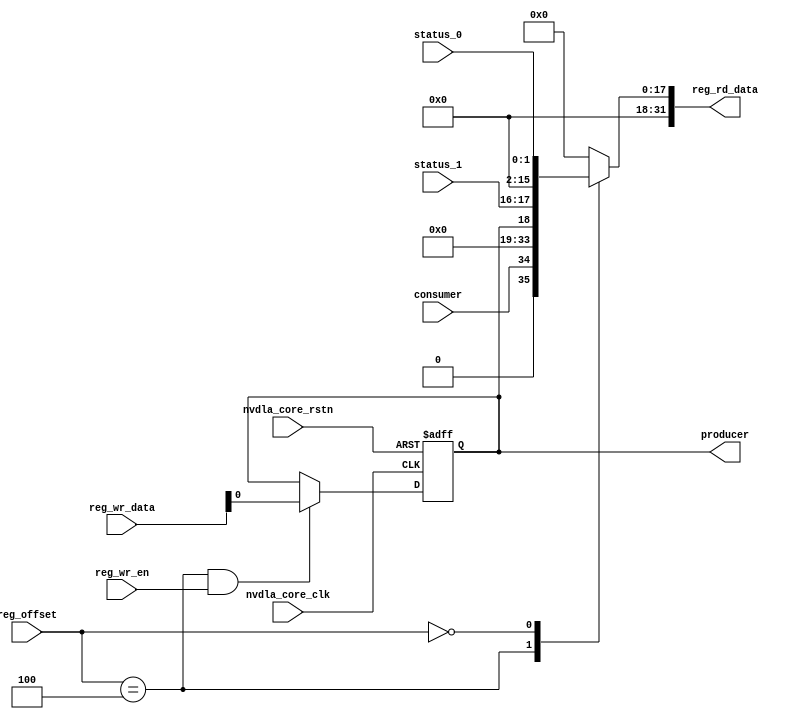
// ================================================================
// NVDLA Open Source Project
// 
// Copyright(c) 2016 - 2017 NVIDIA Corporation.  Licensed under the
// NVDLA Open Hardware License; Check "LICENSE" which comes with 
// this distribution for more information.
// ================================================================


module NV_NVDLA_CMAC_REG_single (
   reg_rd_data
  ,reg_offset
   // verilint 498 off
   // leda UNUSED_DEC off
  ,reg_wr_data
   // verilint 498 on
   // leda UNUSED_DEC on
  ,reg_wr_en
  ,nvdla_core_clk
  ,nvdla_core_rstn
  ,producer
  ,consumer
  ,status_0
  ,status_1
  );

wire   [31:0] nvdla_cmac_a_s_pointer_0_out;
wire   [31:0] nvdla_cmac_a_s_status_0_out;
wire   [11:0] reg_offset_rd_int;
wire   [31:0] reg_offset_wr;
// Register control interface
output [31:0] reg_rd_data;
input [11:0]  reg_offset;
input [31:0]  reg_wr_data;  //(UNUSED_DEC)
input         reg_wr_en;
input         nvdla_core_clk;
input         nvdla_core_rstn;


// Writable register flop/trigger outputs
output        producer;

// Read-only register inputs
input         consumer;
input [1:0]   status_0;
input [1:0]   status_1;

// wr_mask register inputs

// rstn register inputs

// leda FM_2_23 off
reg           arreggen_abort_on_invalid_wr;
reg           arreggen_abort_on_rowr;
reg           arreggen_dump;
// leda FM_2_23 on
reg           producer;
reg    [31:0] reg_rd_data;

assign reg_offset_wr = {20'b0 , reg_offset};
// SCR signals

// Address decode
wire nvdla_cmac_a_s_pointer_0_wren = (reg_offset_wr == (32'h7004  & 32'h00000fff)) & reg_wr_en ;  //spyglass disable UnloadedNet-ML //(W528)
wire nvdla_cmac_a_s_status_0_wren = (reg_offset_wr == (32'h7000  & 32'h00000fff)) & reg_wr_en ;  //spyglass disable UnloadedNet-ML //(W528)

assign nvdla_cmac_a_s_pointer_0_out[31:0] = { 15'b0, consumer, 15'b0, producer };
assign nvdla_cmac_a_s_status_0_out[31:0] = { 14'b0, status_1, 14'b0, status_0 };

assign reg_offset_rd_int = reg_offset;
// Output mux
//spyglass disable_block W338, W263 
always @(
  reg_offset_rd_int
  or nvdla_cmac_a_s_pointer_0_out
  or nvdla_cmac_a_s_status_0_out
  ) begin
  case (reg_offset_rd_int)
     (32'h7004  & 32'h00000fff): begin 
                            reg_rd_data =  nvdla_cmac_a_s_pointer_0_out ;
                            end 
     (32'h7000  & 32'h00000fff): begin 
                            reg_rd_data =  nvdla_cmac_a_s_status_0_out ;
                            end 
    default: reg_rd_data = {32{1'b0}};
  endcase
end

//spyglass enable_block W338, W263

// spyglass disable_block STARC-2.10.1.6, NoConstWithXZ, W443

// Register flop declarations
always @(posedge nvdla_core_clk or negedge nvdla_core_rstn) begin
  if (!nvdla_core_rstn) begin
    producer <= 1'b0;
  end else begin
  // Not generating flops for read-only field NVDLA_CMAC_A_S_POINTER_0::consumer

  // Register: NVDLA_CMAC_A_S_POINTER_0    Field: producer
  if (nvdla_cmac_a_s_pointer_0_wren) begin
    producer <= reg_wr_data[0];
  end

  // Not generating flops for read-only field NVDLA_CMAC_A_S_STATUS_0::status_0

  // Not generating flops for read-only field NVDLA_CMAC_A_S_STATUS_0::status_1

  end
end
// spyglass enable_block STARC-2.10.1.6, NoConstWithXZ, W443

// synopsys translate_off
// VCS coverage off
initial begin
  arreggen_dump                  = $test$plusargs("arreggen_dump_wr");
  arreggen_abort_on_rowr         = $test$plusargs("arreggen_abort_on_rowr");
  arreggen_abort_on_invalid_wr   = $test$plusargs("arreggen_abort_on_invalid_wr");
`ifdef VERILATOR
`else
  $timeformat(-9, 2, "ns", 15);
`endif
end

always @(posedge nvdla_core_clk) begin
  if (reg_wr_en) begin
    case(reg_offset)
      (32'h7004  & 32'h00000fff): if (arreggen_dump) $display("%t:%m: reg wr: NVDLA_CMAC_A_S_POINTER_0 = 0x%h (old value: 0x%h, 0x%b))", $time, reg_wr_data, nvdla_cmac_a_s_pointer_0_out, nvdla_cmac_a_s_pointer_0_out);
      (32'h7000  & 32'h00000fff): begin
          if (arreggen_dump) $display("%t:%m: read-only reg wr: NVDLA_CMAC_A_S_STATUS_0 = 0x%h", $time, reg_wr_data);
          if (arreggen_abort_on_rowr) begin $display("ERROR: write to read-only register!"); $finish; end
        end
      default: begin
          if (arreggen_dump) $display("%t:%m: reg wr: Unknown register (0x%h) = 0x%h", $time, reg_offset, reg_wr_data);
          if (arreggen_abort_on_invalid_wr) begin $display("ERROR: write to undefined register!"); $finish; end
        end
    endcase
  end
end

// VCS coverage on
// synopsys translate_on

endmodule // NV_NVDLA_CMAC_REG_single